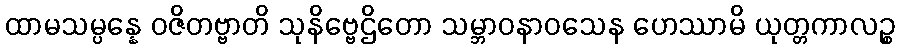
ထာမသမ္ပန္နေ ဝဇိတဗ္ဗာတိ သုနိဗ္ဗေဌိတော သမ္ဘာဝနာဝသေန ဟေဿာမိ ယုတ္တကာလဉ္စ